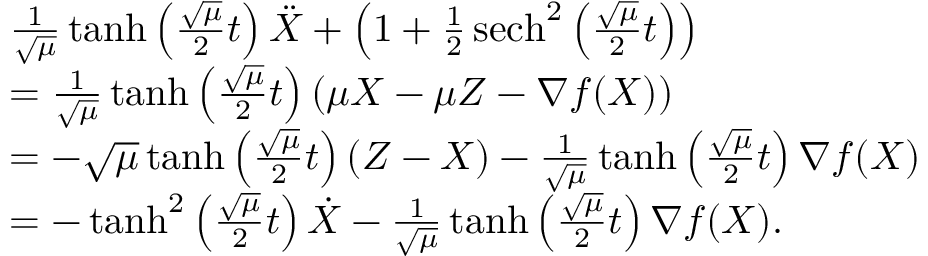
\begin{array} { r l } & { \frac { 1 } { \sqrt { \mu } } \operatorname { t a n h } \left( \frac { \sqrt { \mu } } { 2 } t \right) \ddot { X } + \left( 1 + \frac { 1 } { 2 } \operatorname { s e c h } ^ { 2 } \left( \frac { \sqrt { \mu } } { 2 } t \right) \right) } \\ & { = \frac { 1 } { \sqrt { \mu } } \operatorname { t a n h } \left( \frac { \sqrt { \mu } } { 2 } t \right) \left( \mu X - \mu Z - \nabla f ( X ) \right) } \\ & { = - \sqrt { \mu } \operatorname { t a n h } \left( \frac { \sqrt { \mu } } { 2 } t \right) \left( Z - X \right) - \frac { 1 } { \sqrt { \mu } } \operatorname { t a n h } \left( \frac { \sqrt { \mu } } { 2 } t \right) \nabla f ( X ) } \\ & { = - \operatorname { t a n h } ^ { 2 } \left( \frac { \sqrt { \mu } } { 2 } t \right) \dot { X } - \frac { 1 } { \sqrt { \mu } } \operatorname { t a n h } \left( \frac { \sqrt { \mu } } { 2 } t \right) \nabla f ( X ) . } \end{array}